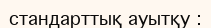
стандарттық ауытқу :